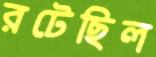
রটেছিল